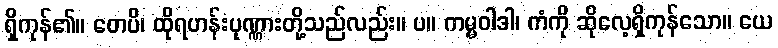
ရှိကုန်၏။ တေပိ၊ ထိုရဟန်းပုဏ္ဏားတို့သည်လည်း။ ပ။ ကမ္မဝါဒါ၊ ကံကို ဆိုလေ့ရှိကုန်သော။ ယေ